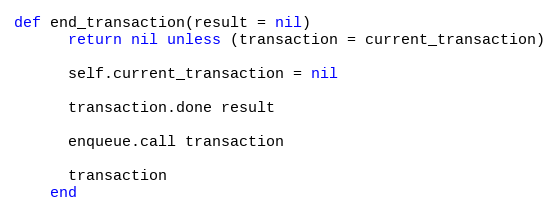
Language: Ruby
def end_transaction(result = nil)
      return nil unless (transaction = current_transaction)

      self.current_transaction = nil

      transaction.done result

      enqueue.call transaction

      transaction
    end